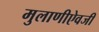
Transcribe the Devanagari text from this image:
मुलाणीऐवजी